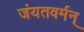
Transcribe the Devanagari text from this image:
जंयतवर्मन्